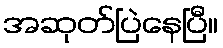
အဆုတ်ပြဲနေပြီ။